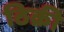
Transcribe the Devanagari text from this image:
ठिक्री